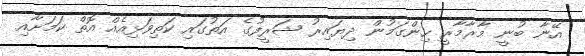
އޭނާ ބުނީ މާރާމާރީ ހިންގަމުން ދިޔައިރު ޝަރީފުގެ އަތުގައި ކަތިވަޅިއެއް އޮތް ކަމަށާއި